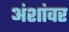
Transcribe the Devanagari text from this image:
अंशांवर